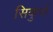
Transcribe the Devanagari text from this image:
सिकुर्रा